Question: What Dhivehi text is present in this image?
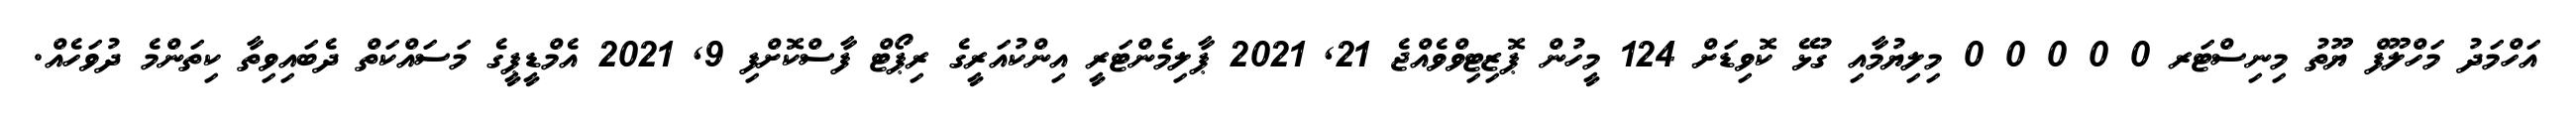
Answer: އަހްމަދު މަހްލޫފް ޔޫތު މިނިސްޓަރ 0 0 0 0 0 މިލިޔުމާއި ގުޅޭ ކޮވިޑަށް 124 މީހުން ޕޮޒިޓިވްވެއްޖެ 21, 2021 ޕާލިމެންޓަރީ އިންކުއަރީގެ ރިޕޯޓް ފާސްކޮށްފި 9, 2021 އެމްޑީޕީގެ މަސައްކަތް ދެބައިވިތާ ކިތަންމެ ދުވަހެއް.